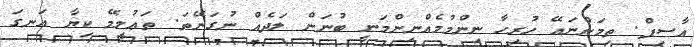
އާސިފް. ތިމަންނައޭ ހުރިހާ ނިންމުމެއްނިންމަނީ ބުނަން ލަދެއް ނުގަނޭތަ. ތަޢުލީމޭ ކިޔާ އަނގަ